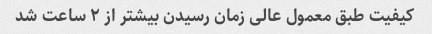
کیفیت طبق معمول عالی زمان رسیدن بیشتر از ۲ ساعت شد